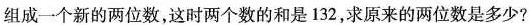
组成一个新的两位数，这时两个数的和是132，求原来的两位数是多少?